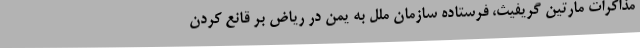
مذاکرات مارتین گریفیث، فرستاده سازمان ملل به یمن در ریاض بر قانع کردن